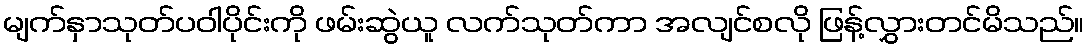
မျက်နှာသုတ်ပဝါပိုင်းကို ဖမ်းဆွဲယူ လက်သုတ်ကာ အလျင်စလို ဖြန့်လွှားတင်မိသည်။